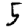
Digit: 5